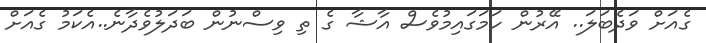
ގެއަށް ވަދެބަލަ.. އޭރުން ހަމަގައިމުވެސް އާޝާ ގެ ތި ވިސްނުން ބަދަލުވެދާނެ..އެކަމު ގެއަށް